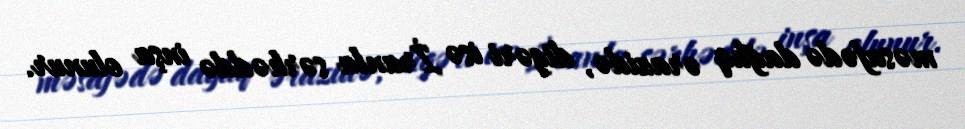
məsafədə dağlıq ərazidə, digəri isə İranla sərhəddə inşa olunur.